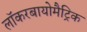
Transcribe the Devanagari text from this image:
लॉकरबायोमैट्रिक